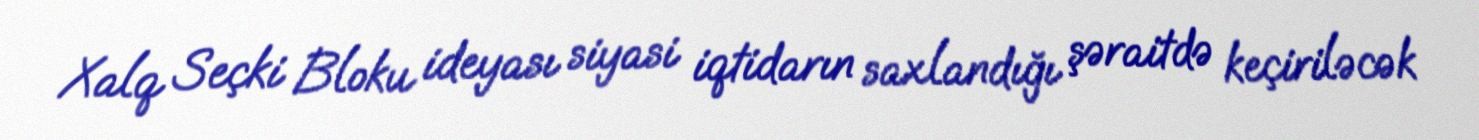
Xalq Seçki Bloku ideyası siyasi iqtidarın saxlandığı şəraitdə keçiriləcək